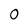
Character: 0